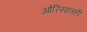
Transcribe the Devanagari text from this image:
ओरिसातही